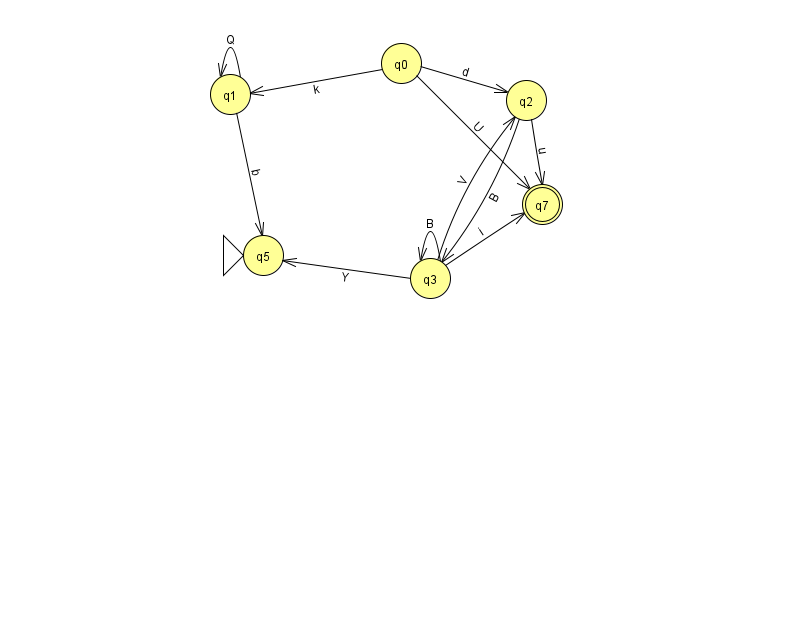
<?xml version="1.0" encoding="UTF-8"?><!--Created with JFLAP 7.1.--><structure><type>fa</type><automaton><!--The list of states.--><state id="0" name="q0"><x>401.0</x><y>50.0</y></state><state id="1" name="q1"><x>230.0</x><y>81.0</y></state><state id="2" name="q2"><x>526.0</x><y>87.0</y></state><state id="3" name="q3"><x>430.0</x><y>265.0</y></state><state id="5" name="q5"><x>263.0</x><y>242.0</y><initial/></state><state id="7" name="q7"><x>542.0</x><y>191.0</y><final/></state><!--The list of transitions.--><transition><from>1</from><to>1</to><read>Q</read></transition><transition><from>3</from><to>3</to><read>B</read></transition><transition><from>0</from><to>2</to><read>d</read></transition><transition><from>2</from><to>3</to><read>B</read></transition><transition><from>0</from><to>1</to><read>k</read></transition><transition><from>1</from><to>5</to><read>b</read></transition><transition><from>3</from><to>5</to><read>Y</read></transition><transition><from>3</from><to>7</to><read>i</read></transition><transition><from>3</from><to>2</to><read>V</read></transition><transition><from>0</from><to>7</to><read>U</read></transition><transition><from>2</from><to>7</to><read>u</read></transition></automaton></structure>